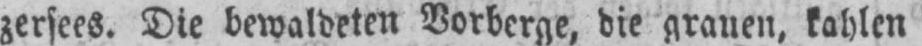
zersees. Die bewaldeten Verberge, die grauen, kahlen